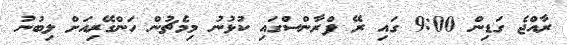
ރާއްޖެ ގަޑިން 9:00 ގައި ރޭ ފްރާންސްގައި ކުޅުނު މިމެޗުން ހަންގޭރިއަށް ލިބުނު